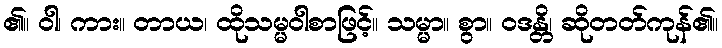
၏။ ဝါ၊ ကား။ တာယ၊ ထိုသမ္မဝါစာဖြင့်။ သမ္မာ။ စွာ။ ဝဒန္တိ၊ ဆိုတတ်ကုန်၏။